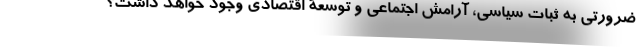
ضرورتی به ثبات سیاسی، آرامش اجتماعی و توسعۀ اقتصادی وجود خواهد داشت؟